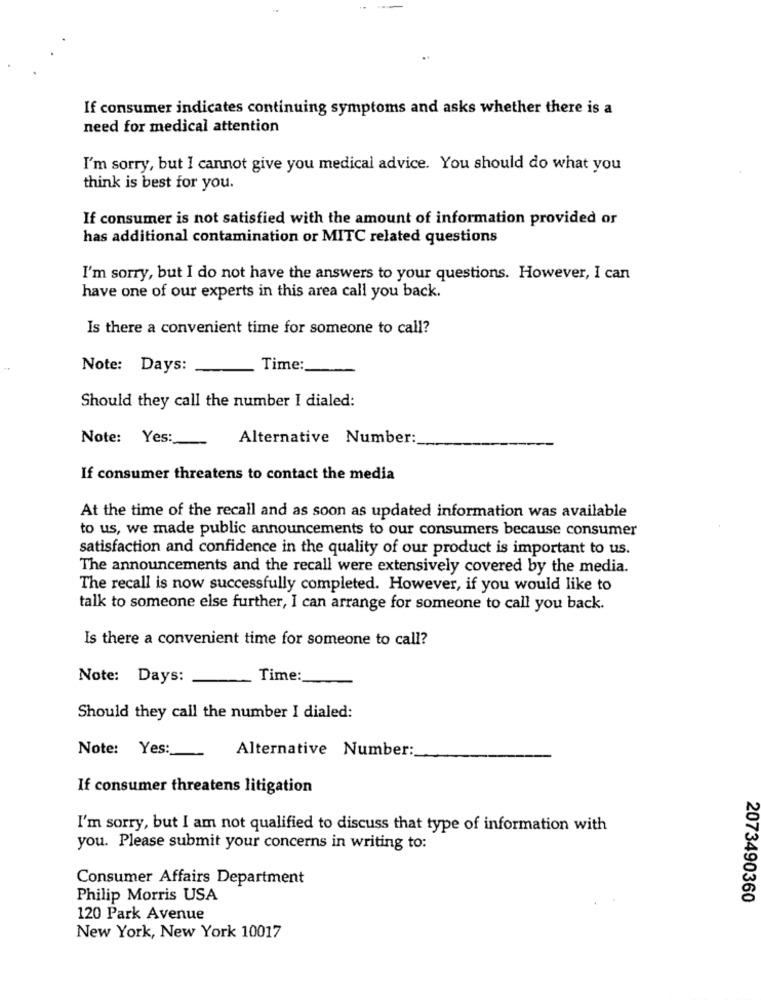
If consumer indicates continuing symptoms and asks whether there is a
need for medical attention
I'm sorry, but I cannot give you medical advice. You should do what you
think is best for you.
If consumer is not satisfied with the amount of information provided or
has additional contamination or MITC related questions
I'm sorry, but I do not have the answers to your questions. However, I can
have one of our experts in this area call you back.
Is there a convenient time for someone to call?
Note: Days:
Time:
Should they call the number I dialed:
Note: Yes:
Alternative Number:
If consumer threatens to contact the media
At the time of the recall and as soon as updated information was available
to us, we made public announcements to our consumers because consumer
satisfaction and confidence in the quality of our product is important to us.
The announcements and the recall were extensively covered by the media.
The recall is now successfully completed. However, if you would like to
talk to someone else further, I can arrange for someone to call you back.
Is there a convenient time for someone to call?
Note: Days:
Time:
Should they call the number I dialed:
Alternative Number:
Note: Yes:
If consumer threatens litigation
I'm sorry, but I am not qualified to discuss that type of information with
you. Please submit your concerns in writing to:
Consumer Affairs Department
Philip Morris USA
2073490360
120 Park Avenue
New York, New York 10017